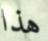
هذا